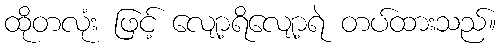
ထိုတလုံး ဖြင့် လျော့ရိလျော့ရဲ တပ်ထားသည်။